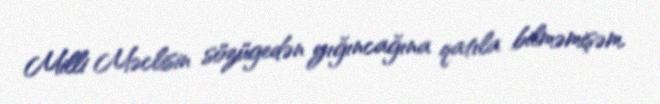
Milli Məclisin sözügedən yığıncağına qatıla bilməmişəm.